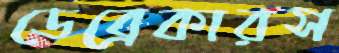
ডেব্রেকারস